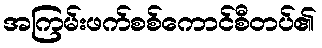
အကြမ်းဖက်စစ်ကောင်စီတပ်၏